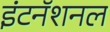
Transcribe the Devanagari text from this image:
इंटनॅशनल